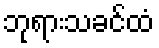
ဘုရားသခင်ထံ